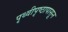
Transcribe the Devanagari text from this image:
पृथ्वीपृष्ठापासून